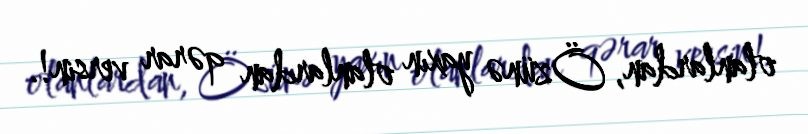
olanlardan, Özünə yaxın olanlardan qərar versin!.